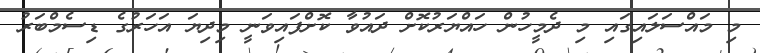
މި މައްސަލައިގައި މި ދެމީހުން ހައްޔަރުކޮށް ދައުވާ ކޮށްފައިވަނީ މިދިޔަ އަހަރުގެ ޑިސެމްބަރު